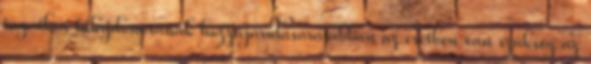
ingatlan tulajdonosának hozzájárulására abban az esetben van szükség az